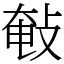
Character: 㪑